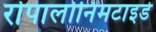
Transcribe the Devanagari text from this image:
रोपालोनिमटाइडे